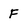
Character: F